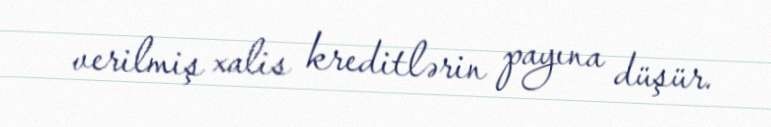
verilmiş xalis kreditlərin payına düşür.